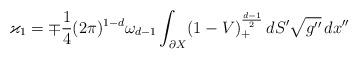
LaTeX: \begin{align*}\varkappa_1=\mp {\frac{1}{4}}(2\pi )^{1-d}\omega_{d-1}\int_{\partial X}(1-V)_+^{\frac{d-1}{2}}\,dS'\sqrt{g''}\,dx''\end{align*}